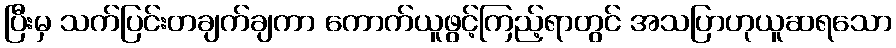
ပြီးမှ သက်ပြင်းတချက်ချကာ ကောက်ယူဖွင့်ကြည့်ရာတွင် အသပြာဟုယူဆရသော